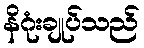
နိဂုံးချုပ်သည်